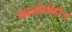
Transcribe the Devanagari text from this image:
कालोनीहौज